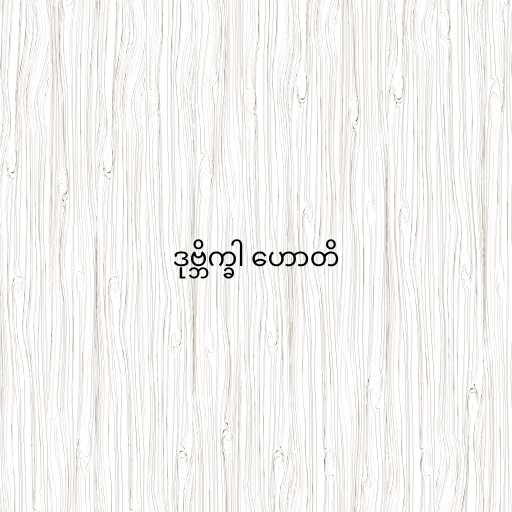
ဒုဗ္ဘိက္ခါ ဟောတိ